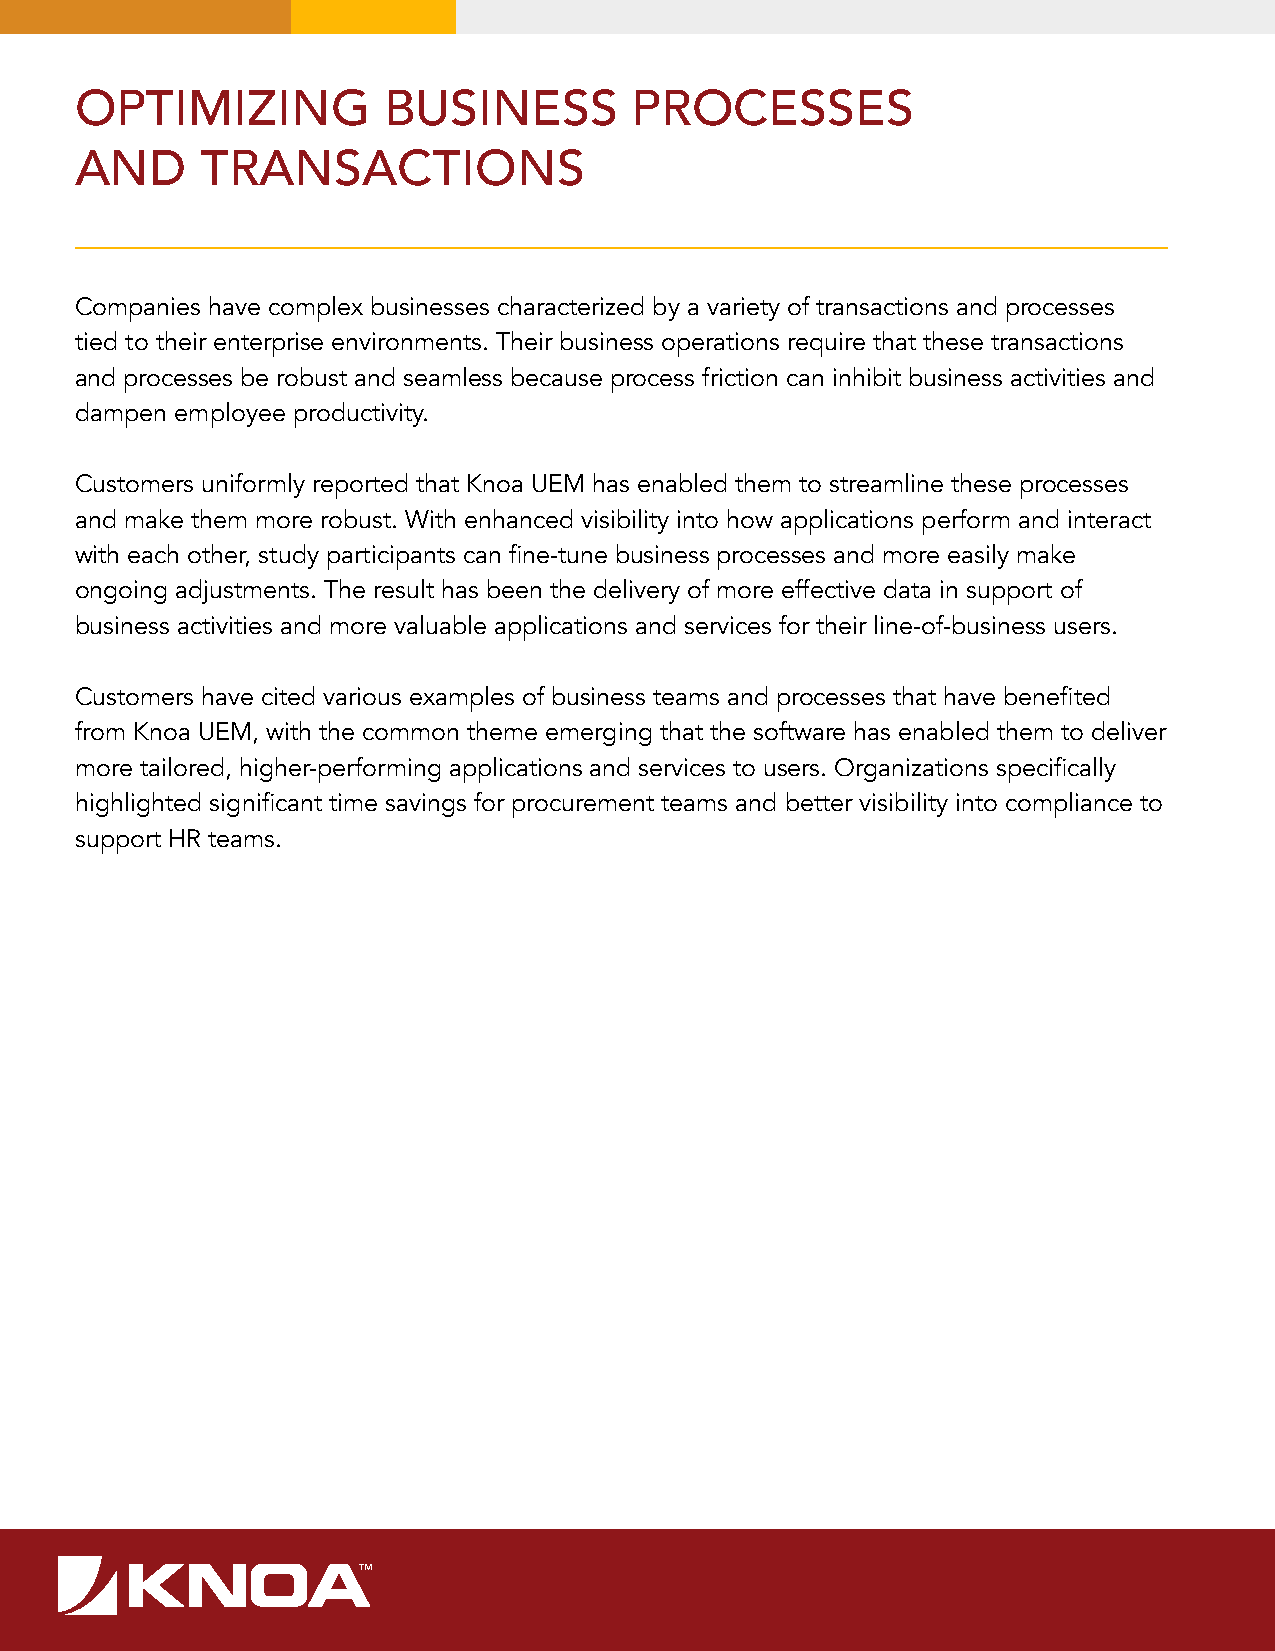
OPTIMIZING          BUSINESS         PROCESSES
 AND     TRANSACTIONS
 Companies have complex businesses characterized by a variety of transactions and processes
 tied to their enterprise environments. Their business operations require that these transactions
 and processes be robust and seamless because process friction can inhibit business activities and
 dampen employee productivity.
 Customers uniformly reported that Knoa UEM has enabled them to streamline these processes
 and make them more robust. With enhanced visibility into how applications perform and interact
 with each other, study participants can fine-tune business processes and more easily make
 ongoing adjustments. The result has been the delivery of more effective data in support of
 business activities and more valuable applications and services for their line-of-business users.
 Customers have cited various examples of business teams and processes that have benefited
 from Knoa UEM, with the common theme emerging that the software has enabled them to deliver
 more tailored, higher-performing applications and services to users. Organizations specifically
 highlighted significant time savings for procurement teams and better visibility into compliance to
 support HR teams.